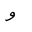
Letter: _waw